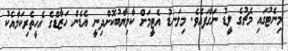
މިނެޓުގައި މެޗުގެ ލީޑު ނަގާފައެވެ. މިލަނޑު އެޓީމަށް ކާމިޔާބުކޮށްދިނީ އެޑެން ހަޒާޑްގެ އެހީތެރިކަމާއެކު